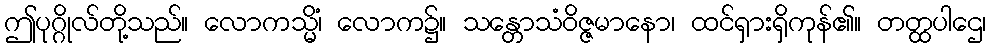
ဤပုဂ္ဂိုလ်တို့သည်။ လောကသ္မိံ၊ လောက၌။ သန္တောသံဝိဇ္ဇမာနော၊ ထင်ရှားရှိကုန်၏။ တတ္ထပါဌေ၊